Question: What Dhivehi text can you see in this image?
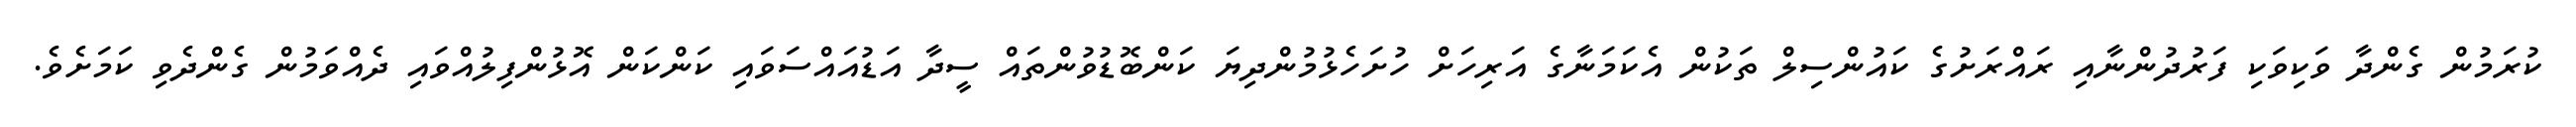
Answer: ކުރަމުން ގެންދާ ވަކިވަކި ފަރުދުންނާއި ރައްރަށުގެ ކައުންސިލް ތަކުން އެކަމަނާގެ އަރިހަށް ހުށަހެޅުމުންދިޔަ ކަންބޮޑުވުންތައް ސީދާ އަޑުއައްސަވައި ކަންކަން އޮޅުންފިލުއްވައި ދެއްވަމުން ގެންދެވި ކަމަށެވެ.